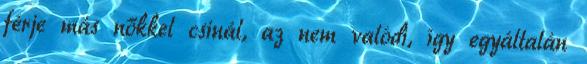
férje más nőkkel csinál, az nem valódi, így egyáltalán